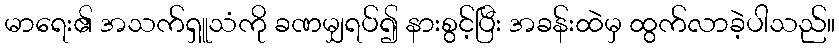
မာရေး၏ အသက်ရှူသံကို ခဏမျှရပ်၍ နားစွင့်ပြီး အခန်းထဲမှ ထွက်လာခဲ့ပါသည်။